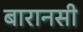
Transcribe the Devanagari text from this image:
बारानसी